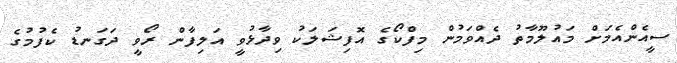
ސީއެންއެމަށް މައުލޫމާތު ދެއްވަމުން މިފްކޯގެ އޮފިޝަލަކު ވިދާޅުވީ އަލިފާން ރޯވީ ދަގަނޑު ކެފުމުގެ